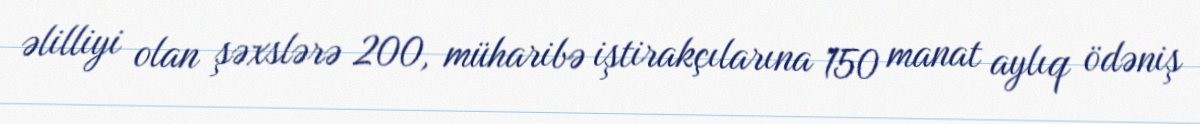
əlilliyi olan şəxslərə 200, müharibə iştirakçılarına 150 manat aylıq ödəniş